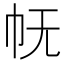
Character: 𭘓